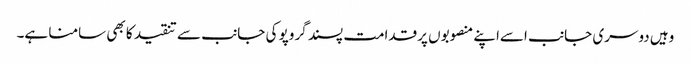
وہیں دوسری جانب اسےاپنے منصوبوں پرقدامت پسند گروپو کی جانب سے تنقید کا بھی سامنا ہے۔